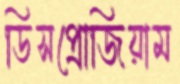
ডিসপ্রোজিয়াম